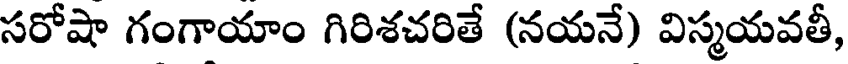
సరోషా గంగాయాం గిరిశచరితే (నయనే) విస్మయవతీ,